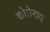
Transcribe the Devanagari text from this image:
कोरोनाए